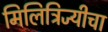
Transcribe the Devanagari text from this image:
मिलित्रिज्यीचा